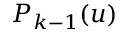
P _ { k - 1 } ( u )